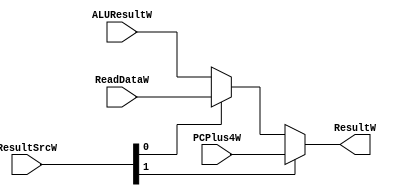
module dt1_WB_stage(
	input  [1:0]  ResultSrcW,
	input  [31:0] ALUResultW, ReadDataW, PCPlus4W,
	`ifdef RISCV-FORMAL
		output  			rvfi_valid,
		output [63 : 0] 	rvfi_order,
		output [4095 : 0] 	rvfi_insn,
		output  			rvfi_trap,
		output  			rvfi_halt,
		output  			rvfi_intr,
		output [1:0] 		rvfi_mode,
		output [1:0] 		rvfi_ixl,
	`endif
	//connects to execute and decode stage
	output [31:0] ResultW
	
);
	//selects data to write to regfile and to forward to execute stage
	assign ResultW = ResultSrcW[1] ? PCPlus4W : (ResultSrcW[0] ? ReadDataW : ALUResultW);
endmodule